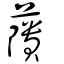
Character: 藬